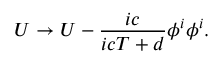
U \rightarrow U - { \frac { i c } { i c T + d } } { \phi ^ { i } \phi ^ { i } } .